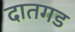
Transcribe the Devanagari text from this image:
दातगड